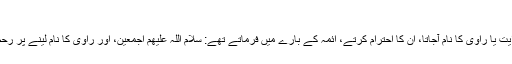
درس میں ائمہ علیہم السلام کا بیان
جہاں کہیں بهی امام علیہ السلام کی روایت یا راوی کا نام آجاتا، ان کا احترام کرتے، ائمہ کے بارے میں فرماتے تهے: سلام اللہ علیهم اجمعین، اور راوی کا نام لینے پر رحمۃ اللہ علیہ یا رضوان اللہ علیہ فرماتے۔